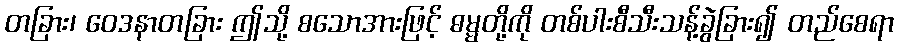
တခြား၊ ဝေဒနာတခြား ဤသို့ စသောအားဖြင့် ဓမ္မတို့ကို တစ်ပါးစီသီးသန့်ခွဲခြား၍ တည်စေရာ